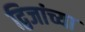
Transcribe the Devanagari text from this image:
द्विजांच्या